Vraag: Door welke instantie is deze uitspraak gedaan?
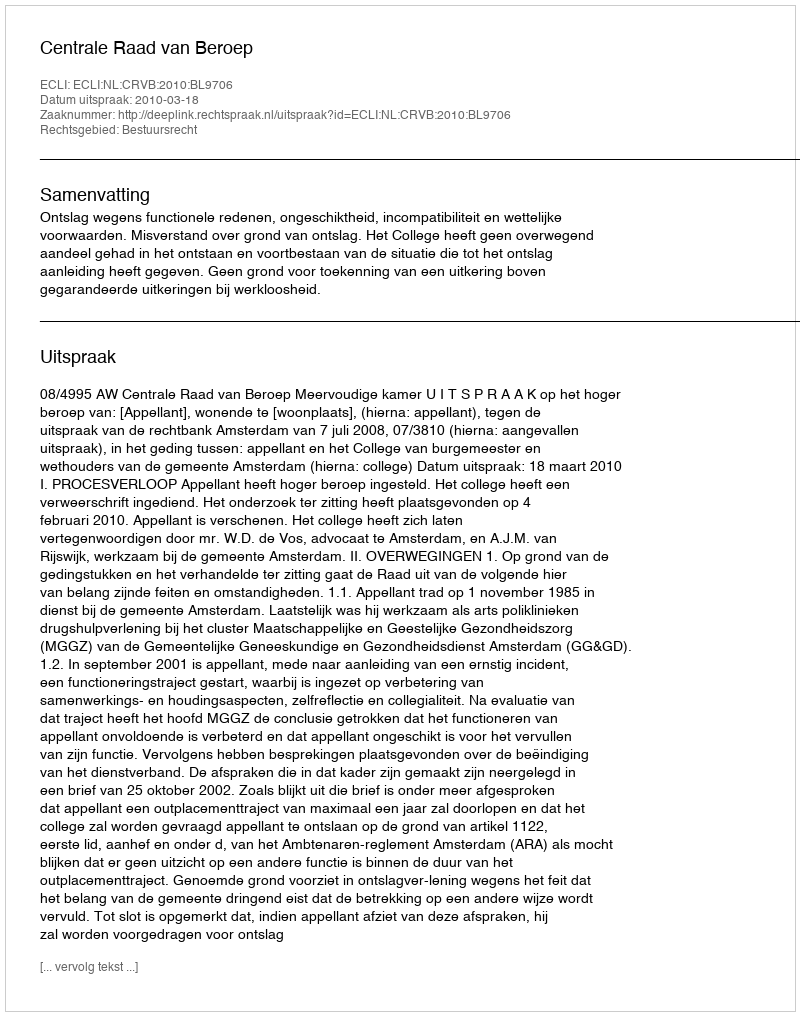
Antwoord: Centrale Raad van Beroep